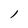
Character: l